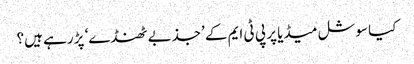
کیا سوشل میڈیا پر پی ٹی ایم کے ’جذبے ٹھنڈے‘ پڑ رہے ہیں؟